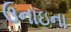
ઉનાઇના